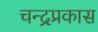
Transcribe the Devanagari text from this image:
चन्द्रप्रकास